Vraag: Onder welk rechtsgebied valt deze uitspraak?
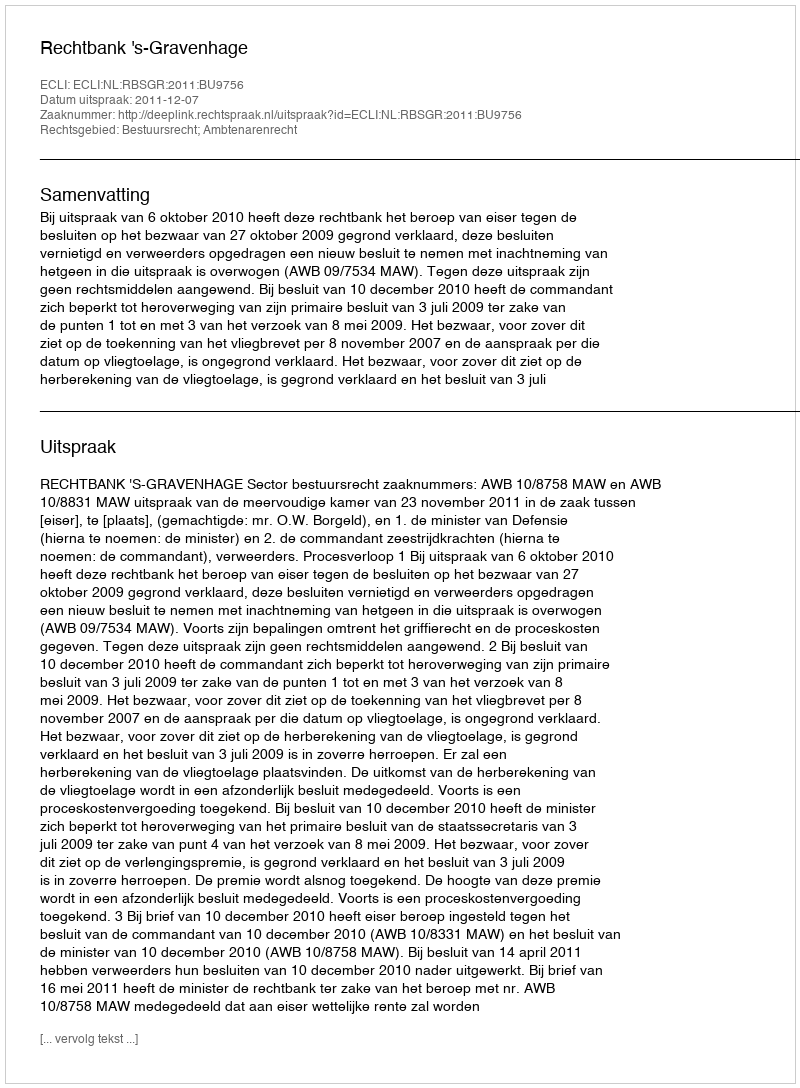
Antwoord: Bestuursrecht; Ambtenarenrecht